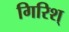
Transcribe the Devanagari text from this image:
गिरिश्